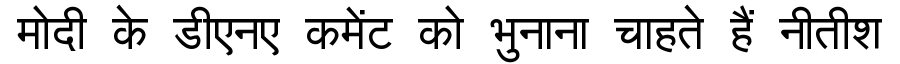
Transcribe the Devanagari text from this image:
मोदी के डीएनए कमेंट को भुनाना चाहते हैं नीतीश